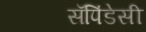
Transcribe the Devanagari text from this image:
सॅपिंडेसी